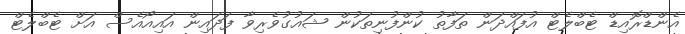
އެންޑްރޮއިޑް ޓެބްލެޓް އުފައްދަން ތަފާތު ކުންފުނިތަކުން ޝައުގުވެރިވާ ފަދައިން އައިއޯއެސް އަށް ޓެބްލެޓް